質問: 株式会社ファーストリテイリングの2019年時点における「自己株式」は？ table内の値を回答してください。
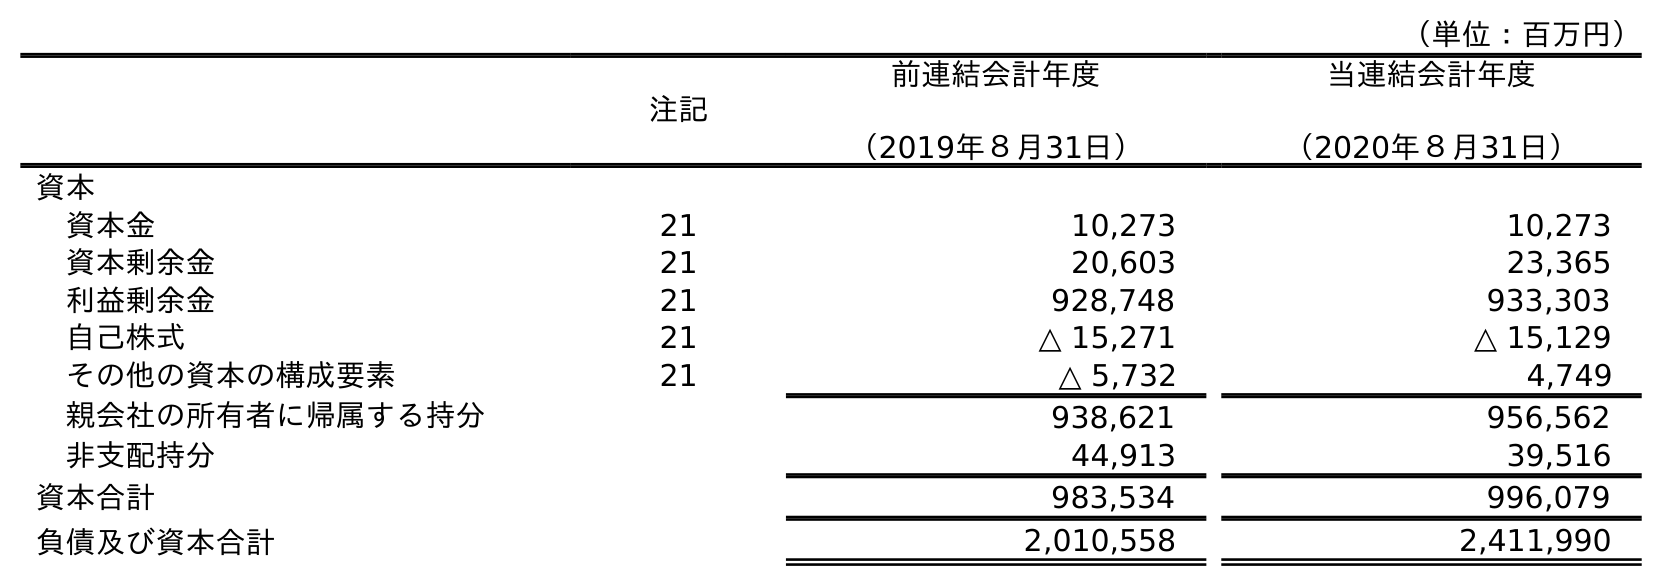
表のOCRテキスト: （単位：百万円） 注記 前連結会計年度 （2019年８月31日） 当連結会計年度 （2020年８月31日） 資本 資本金 21 10,273 10,273 資本剰余金 21 20,603 23,365 利益剰余金 21 928,748 933,303 自己株式 21 △ 15,271 △ 15,129 その他の資本の構成要素 21 △ 5,732 4,749 親会社の所有者に帰属する持分 938,621 956,562 非支配持分 44,913 39,516 資本合計 983,534 996,079 負債及び資本合計 2,010,558 2,411,990
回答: △15,271